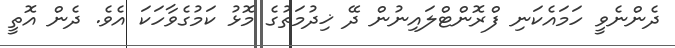
ދެންނެވީ ހަމައެކަނި ފްރޮންޓްލައިނުން ދޭ ޚިދުމަތުގެ މޮޅު ކަމުގެވާހަކަ އެވެ. ދެން އޮތީ